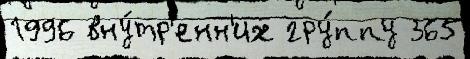
1996 вну́тр'енн'их гру́ппу 365